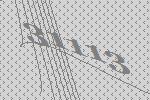
31113